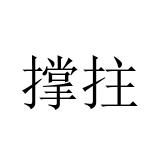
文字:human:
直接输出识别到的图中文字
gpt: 撑拄